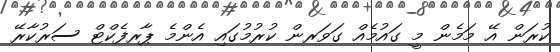
ކުރަން އޭ މަމެން މީ ގައުމެއް ގަވަރން ކުރުމުގައި އެންމެ ޕާރފެކްޓް ސަރުކާރޭ